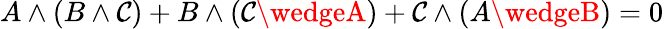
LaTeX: A\wedge(B\wedge\mathcal{C})+B\wedge(\mathcal{C}\wedgeA)+\mathcal{C}\wedge(A\wedgeB)=0